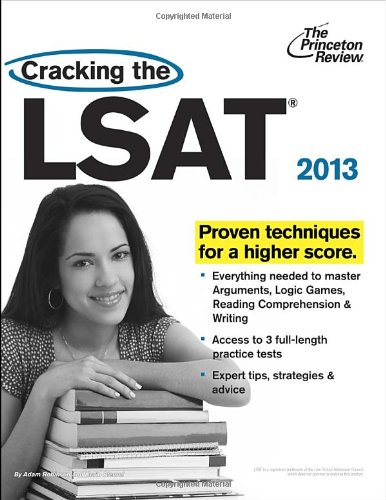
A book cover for Cracking the LSAT, 2013 Edition (Graduate School Test Preparation); Princeton Review; Education & Teaching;